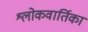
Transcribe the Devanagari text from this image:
श्लोकवार्तिका